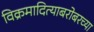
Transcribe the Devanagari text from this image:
विक्रमादित्याबरोबरच्या